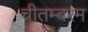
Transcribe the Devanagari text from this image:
चीतम्बरम